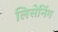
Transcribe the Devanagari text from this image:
लिसेनिंग